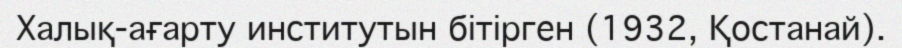
Халық-ағарту институтын бітірген (1932, Қостанай).